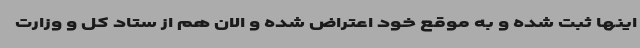
اینها ثبت شده و به موقع خود اعتراض شده و الان هم از ستاد کل و وزارت